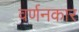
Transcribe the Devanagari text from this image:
वर्णनकार